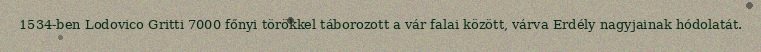
1534-ben Lodovico Gritti 7000 főnyi törökkel táborozott a vár falai között, várva Erdély nagyjainak hódolatát.